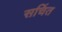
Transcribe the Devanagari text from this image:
सचिंत